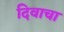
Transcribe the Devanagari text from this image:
दिवाचा